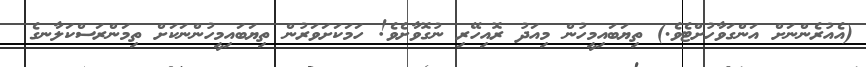
(އެއުރެންނަށް އަންގަވާހުށްޓެވެ.) ތިޔަބައިމީހުން މިއަދު ރޮއިހޭރި ނުގޮވާށެވެ! ހަމަކަށަވަރުން ތިޔަބައިމީހުންނަކަށް ތިމަންރަސްކަލާނގެ